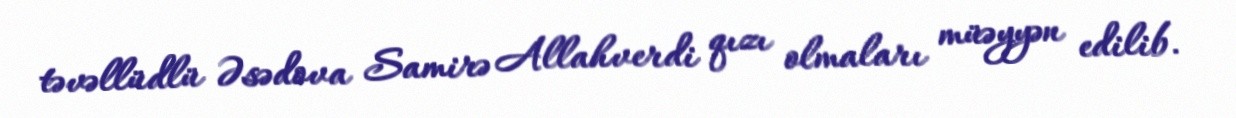
təvəllüdlü Əsədova Samirə Allahverdi qızı olmaları müəyyən edilib.